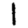
Digit: 1